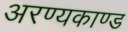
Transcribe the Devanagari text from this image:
अरण्‍यकाण्‍ड